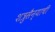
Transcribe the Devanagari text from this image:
शत्रुसैन्याची